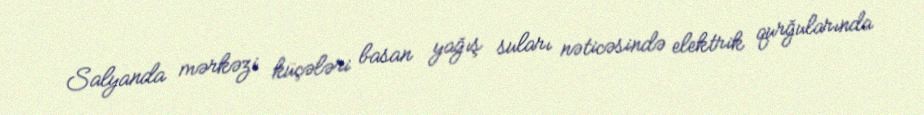
Salyanda mərkəzi küçələri basan yağış suları nəticəsində elektrik qurğularında